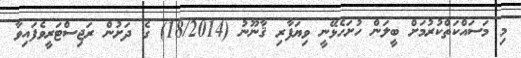
މި މަސައްކަތްކުރުމަށް ބީލަން ހުށަހެޅޭނީ ވިޔަފާރި ޤާނޫނު (18/2014) ގެ ދަށުން ރަޖިސްޓަރީވެފައިވާ